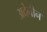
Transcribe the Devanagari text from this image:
अदेनीन